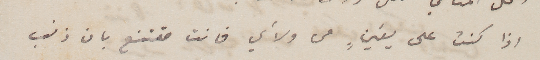
اذا كنت على يقينٍ من ولأي فانت مقتنع بان ذنب